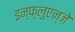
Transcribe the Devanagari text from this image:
इन्फ़्लुएन्ज़े